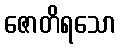
ဇောတိရသော